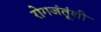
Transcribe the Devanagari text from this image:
रोगजंतूंशी